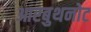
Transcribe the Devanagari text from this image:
आरबुथनोट